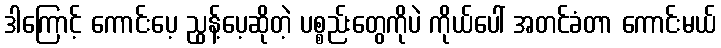
ဒါကြောင့် ကောင်းပေ့ ညွန့်ပေ့ဆိုတဲ့ ပစ္စည်းတွေကိုပဲ ကိုယ်ပေါ် အတင်ခံတာ ကောင်းမယ်